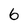
Character: 6